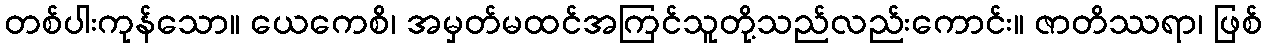
တစ်ပါးကုန်သော။ ယေကေစိ၊ အမှတ်မထင်အကြင်သူတို့သည်လည်းကောင်း။ ဇာတိဿရာ၊ ဖြစ်